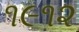
૧૯૧૨